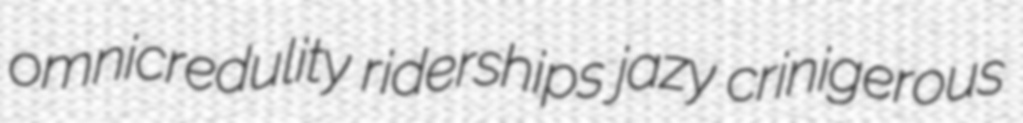
omnicredulity riderships jazy crinigerous